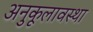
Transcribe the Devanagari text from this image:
अनुकूलावस्था